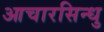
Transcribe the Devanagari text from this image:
आचारसिन्धु